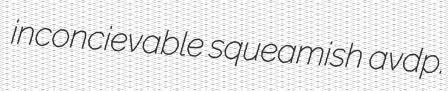
inconcievable squeamish avdp.